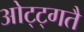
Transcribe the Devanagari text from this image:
ओट्ट्गतै